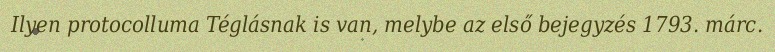
Ilyen protocolluma Téglásnak is van, melybe az első bejegyzés 1793. márc.